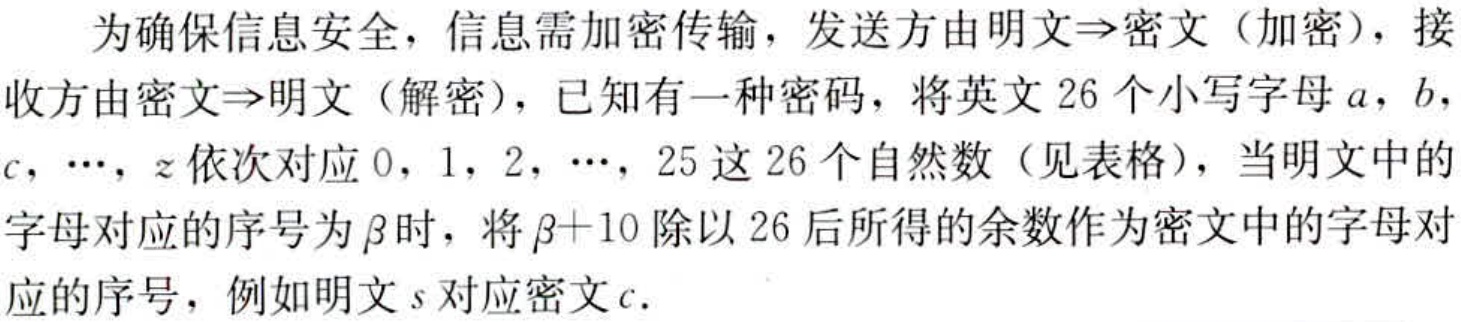
为确保信息安全，信息需加密传输，发送方由明文$\Rightarrow$密文（加密），接收方由密文$\Rightarrow$明文（解密），已知有一种密码，将英文$26$个小写字母$a$，$b$，$c$，$\cdots$，$z$依次对应$0$，$1$，$2$，$\cdots$，$25$这$26$个自然数（见表格），当明文中的字母对应的序号为$\beta$时，将$\beta + 10$除以$26$后所得的余数作为密文中的字母对应的序号，例如明文$s$对应密文$c$.